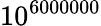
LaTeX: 10^{6000000}